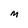
Character: M